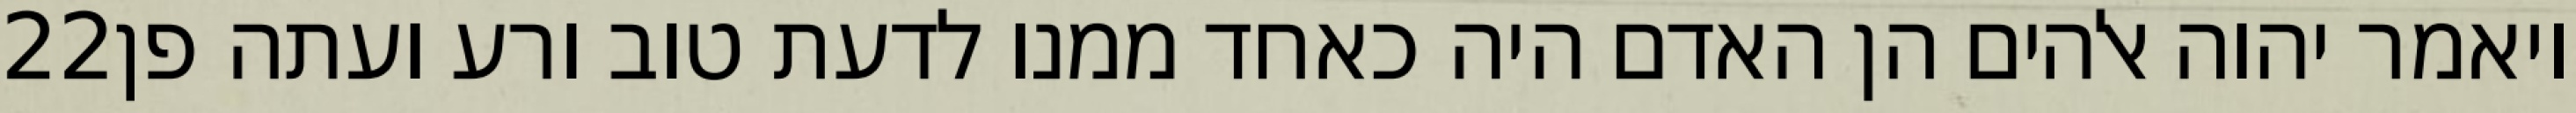
‎22‏ ויאמר יהוה אלהים הן האדם היה כאחד ממנו לדעת טוב ורע ועתה פן